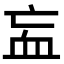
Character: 衁